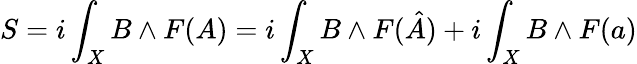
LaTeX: S=i\int_{X}B\wedge{}F(A)=i\int_{X}B\wedge{}F(\hat{A})+i\int_{X}B\wedge{}F(a)